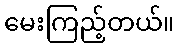
မေးကြည့်တယ်။